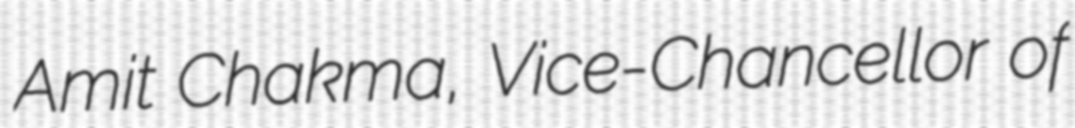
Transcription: Amit Chakma, Vice-Chancellor of